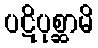
ပဋိပုစ္ဆာမိ